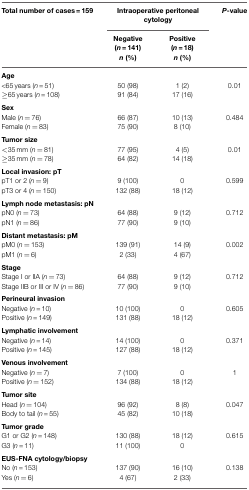
<table><thead><tr><td><b>Total number of cases = 159</b></td><td colspan="2"><b>Intraoperative peritoneal cytology</b></td><td><b><i>P</i>-value</b></td></tr><tr><td></td><td><b>Negative (<i>n</i> = 141) <i>n</i> (%)</b></td><td><b>Positive (<i>n</i> = 18) <i>n</i> (%)</b></td><td></td></tr></thead><tbody><tr><td><b>Age</b></td></tr><tr><td>&lt;65 years (<i>n</i> = 51)</td><td>50 (98)</td><td>1 (2)</td><td>0.01</td></tr><tr><td>≥65 years (<i>n</i> = 108)</td><td>91 (84)</td><td>17 (16)</td><td></td></tr><tr><td><b>Sex</b></td></tr><tr><td>Male (<i>n</i> = 76)</td><td>66 (87)</td><td>10 (13)</td><td>0.484</td></tr><tr><td>Female (<i>n</i> = 83)</td><td>75 (90)</td><td>8 (10)</td><td></td></tr><tr><td><b>Tumor size</b></td></tr><tr><td>&lt;35 mm (<i>n</i> = 81)</td><td>77 (95)</td><td>4 (5)</td><td>0.01</td></tr><tr><td>≥35 mm (<i>n</i> = 78)</td><td>64 (82)</td><td>14 (18)</td><td></td></tr><tr><td><b>Local invasion: pT</b></td></tr><tr><td>pT1 or 2 (<i>n</i> = 9)</td><td>9 (100)</td><td>0</td><td>0.599</td></tr><tr><td>pT3 or 4 (<i>n</i> = 150)</td><td>132 (88)</td><td>18 (12)</td><td></td></tr><tr><td><b>Lymph node metastasis: pN</b></td></tr><tr><td>pN0 (<i>n</i> = 73)</td><td>64 (88)</td><td>9 (12)</td><td>0.712</td></tr><tr><td>pN1 (<i>n</i> = 86)</td><td>77 (90)</td><td>9 (10)</td><td></td></tr><tr><td><b>Distant metastasis: pM</b></td></tr><tr><td>pM0 (<i>n</i> = 153)</td><td>139 (91)</td><td>14 (9)</td><td>0.002</td></tr><tr><td>pM1 (<i>n</i> = 6)</td><td>2 (33)</td><td>4 (67)</td><td></td></tr><tr><td><b>Stage</b></td></tr><tr><td>Stage I or IIA (<i>n</i> = 73)</td><td>64 (88)</td><td>9 (12)</td><td>0.712</td></tr><tr><td>Stage IIB or III or IV (<i>n</i> = 86)</td><td>77 (90)</td><td>9 (10)</td><td></td></tr><tr><td><b>Perineural invasion</b></td></tr><tr><td>Negative (<i>n</i> = 10)</td><td>10 (100)</td><td>0</td><td>0.605</td></tr><tr><td>Positive (<i>n</i> = 149)</td><td>131 (88)</td><td>18 (12)</td><td></td></tr><tr><td><b>Lymphatic involvement</b></td></tr><tr><td>Negative (<i>n</i> = 14)</td><td>14 (100)</td><td>0</td><td>0.371</td></tr><tr><td>Positive (<i>n</i> = 145)</td><td>127 (88)</td><td>18 (12)</td><td></td></tr><tr><td><b>Venous involvement</b></td></tr><tr><td>Negative (<i>n</i> = 7)</td><td>7 (100)</td><td>0</td><td>1</td></tr><tr><td>Positive (<i>n</i> = 152)</td><td>134 (88)</td><td>18 (12)</td><td></td></tr><tr><td><b>Tumor site</b></td></tr><tr><td>Head (<i>n</i> = 104)</td><td>96 (92)</td><td>8 (8)</td><td>0.047</td></tr><tr><td>Body to tail (<i>n</i> = 55)</td><td>45 (82)</td><td>10 (18)</td><td></td></tr><tr><td><b>Tumor grade</b></td></tr><tr><td>G1 or G2 (<i>n</i> = 148)</td><td>130 (88)</td><td>18 (12)</td><td>0.615</td></tr><tr><td>G3 (<i>n</i> = 11)</td><td>11 (100)</td><td>0</td><td></td></tr><tr><td><b>EUS-FNA cytology/biopsy</b></td></tr><tr><td>No (<i>n</i> = 153)</td><td>137 (90)</td><td>16 (10)</td><td>0.138</td></tr><tr><td>Yes (<i>n</i> = 6)</td><td>4 (67)</td><td>2 (33)</td><td></td></tr></tbody></table>